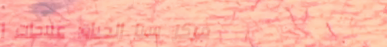
مركز سبا الحياة: علاجات ا